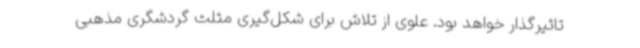
تاثیرگذار خواهد بود. علوی از تلاش برای شکل‌گیری مثلث گردشگری مذهبی